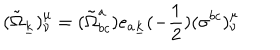
( { \tilde { \Omega } } _ { \underline { { { k } } } } ) _ { \nu } ^ { \mu } = ( { \tilde { \Omega } } _ { b c } ^ { a } ) e _ { a \underline { { { k } } } } ( - { \frac { 1 } { 2 } } ) ( \sigma ^ { b c } ) _ { \nu } ^ { \mu }